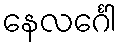
နေလင်္ဂေါ